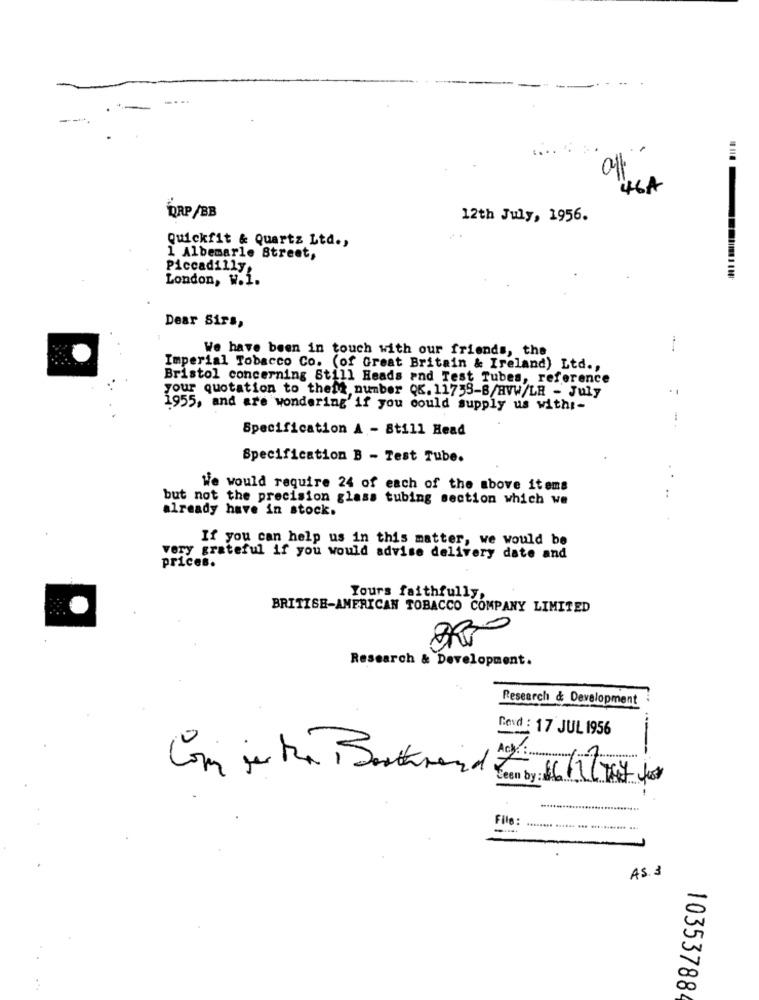
46A
DRP/BB
12th July, 1956.
Quickfit & Quartz Ltd .,
1 Albemarle Street,
Piccadilly
London, W.1.
Dear Sirs,
We have been in touch with our friends, the
-
Imperial Tobacco Co. (of Great Britain & Ireland) Ltd .,
Bristol concerning Still Heads and Test Tubes, reference
your quotation to thest number QK. 11758-B/HVW/LR - July
1955, and are wondering if you could supply us with :-
Specification A - 8till Head
Specification B - Test Tube.
We would require 24 of each of the above items
but not the precision glass tubing section which we
already have in stock.
If you can help us in this matter, we would be
very grateful if you would advise delivery date and
prices.
Yours faithfully,
BRITISH-AMERICAN TOBACCO COMPANY LIMITED
Research & Development.
Research & Development
Cond : 17 JUL 1956
..........
File:
AS. 3
10353788